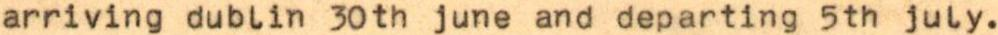
arriving dublin 30th june and departing 5th july.